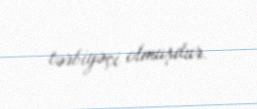
tərbiyəçi olmuşdur.